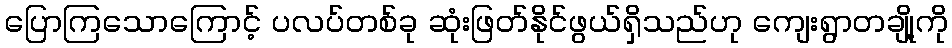
ပြောကြသောကြောင့် ပလပ်တစ်ခု ဆုံးဖြတ်နိုင်ဖွယ်ရှိသည်ဟု ကျေးရွာတချို့ကို